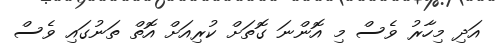
އަދި މިހާރު ވެސް މި އޮންނަ ގޮތަށް ކުރިއަށް އޮތް ތަނުގައި ވެސް